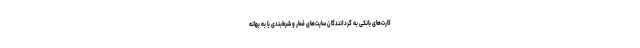
کارت‌های بانکی به گردانندگان سایت‌های قمار و شرط‌بندی یا به بهانه